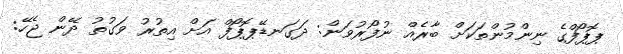
ޕޮޕޯފްގެ ނިންމުންތަކަށް ބާރެއް ނުފޯރުވަން: ދަގަނޑޭޕޮޕޯފް އަށް އިތުރު ވަގުތު ދޭން ޖެހޭ: